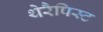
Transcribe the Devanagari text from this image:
थेरैपिस्ट